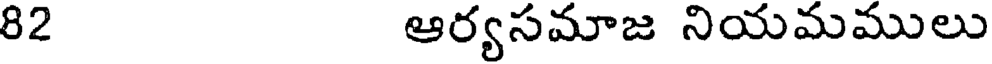
82 ఆర్యసమాజ నియమములు